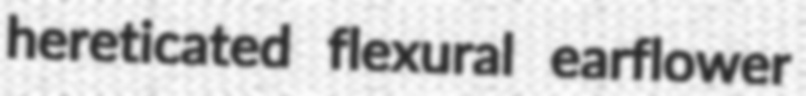
hereticated flexural earflower